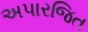
અપારજિત